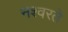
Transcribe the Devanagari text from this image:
नश्वरते